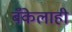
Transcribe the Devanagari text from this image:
बँकेलाही